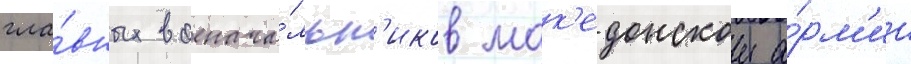
гла́вных военача́льн'иков мак'едонскои а́рм'ии